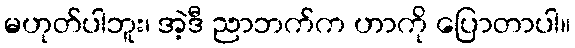
မဟုတ်ပါဘူး၊ အဲ့ဒီ ညာဘက်က ဟာကို ပြောတာပါ။